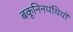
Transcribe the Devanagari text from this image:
बकूनिनपंथियों